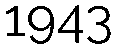
1943